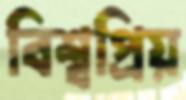
বিশ্বপ্রিয়